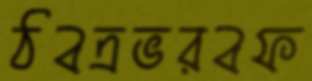
ঠবত্রভরবফ